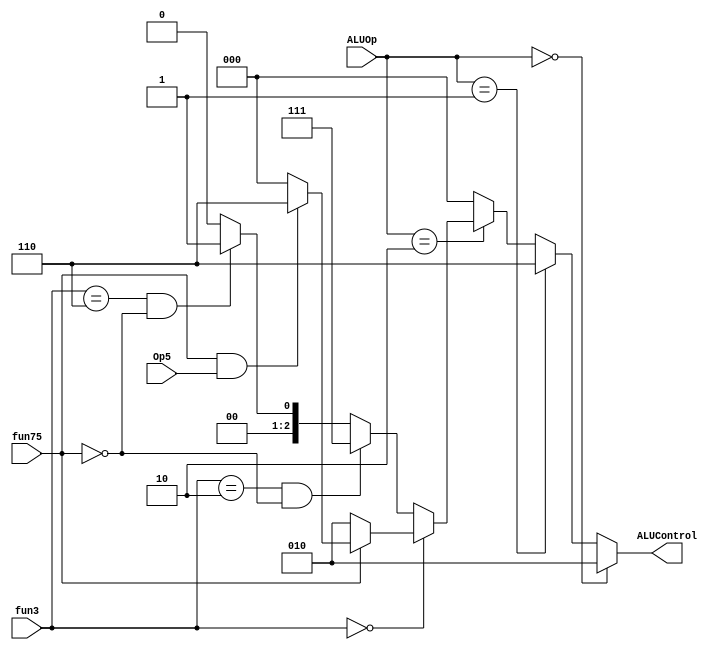
module ALUDecoder(ALUOp,Op5,fun3,fun75,ALUControl);
input [1:0]ALUOp;
input fun75,Op5;
input [2:0]fun3;
output reg [2:0]ALUControl;
always @(*) begin
if(ALUOp==2'b00) begin
 ALUControl = 3'b010;
end
else if (ALUOp==2'b01) begin
 ALUControl = 3'b110;
end
else if(ALUOp==2'b10) begin
if(fun3==3'b000) begin 
  if(fun75==0) begin
     ALUControl = 3'b010;
  end
  else if(fun75==1 && Op5==1) begin
     ALUControl = 3'b110;
  end
  else begin
    ALUControl = 3'b000;
end
end
else if(fun3==3'b010 && fun75==0) begin
     ALUControl = 3'b111;
  end
else if(fun3==3'b110 && fun75==0) begin
     ALUControl = 3'b001;
  end
else if(fun3==3'b111 && fun75==0) begin
     ALUControl = 3'b000;
  end
else begin
    ALUControl = 3'b000;
end
end 
else begin
    ALUControl = 3'b000;
end

end

endmodule